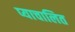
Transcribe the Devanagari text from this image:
प्याचालित